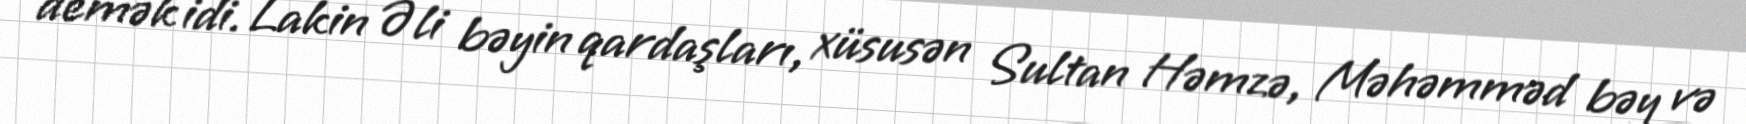
demək idi. Lakin Əli bəyin qardaşları, xüsusən Sultan Həmzə, Məhəmməd bəy və